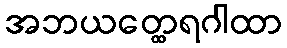
အဘယတ္ထေရဂါထာ